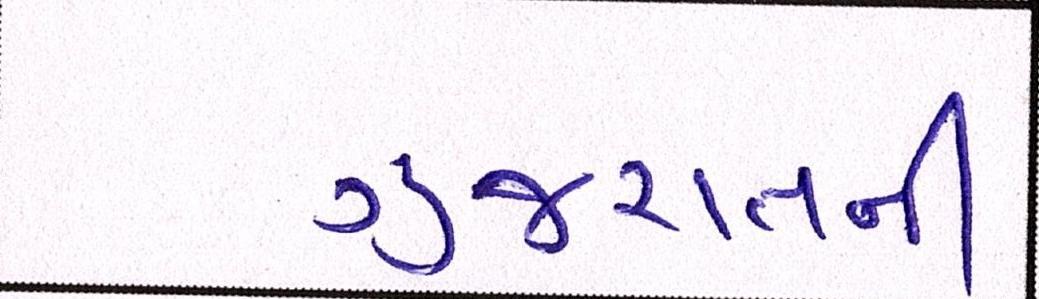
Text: ગુજરાતની